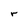
Character: r